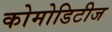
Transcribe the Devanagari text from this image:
कोमोडिटीज